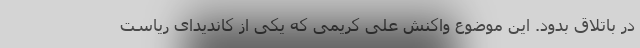
در باتلاق بدود. این موضوع واکنش علی کریمی که یکی از کاندیدای ریاست